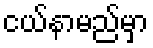
ငယ်နာမည်မှာ